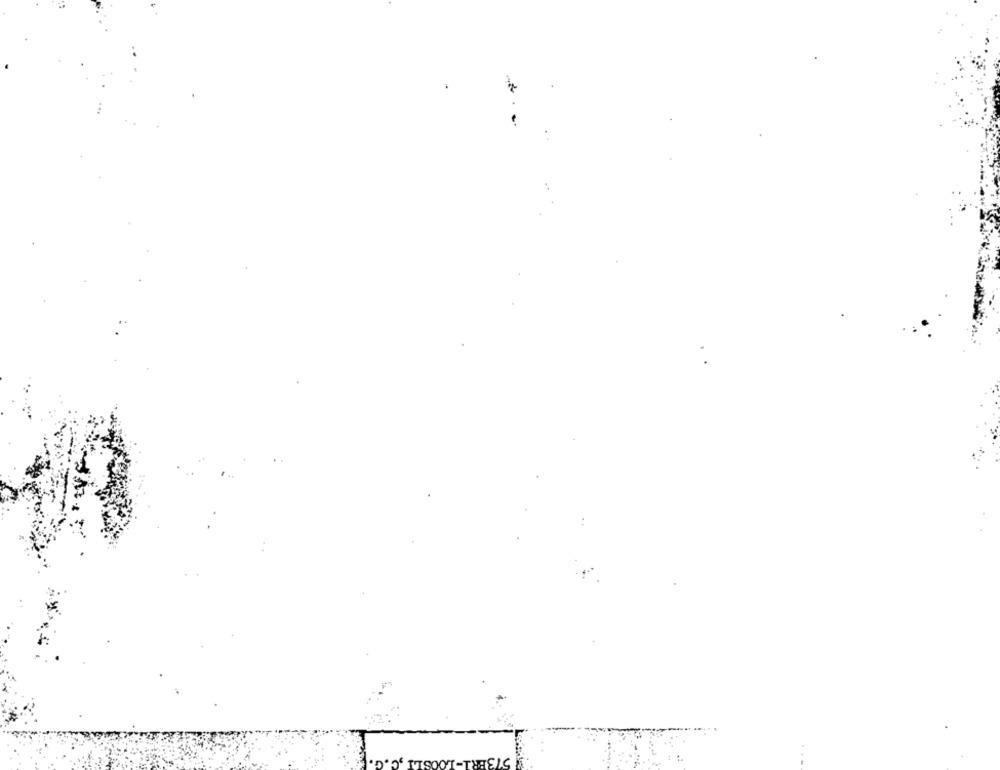
2